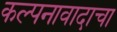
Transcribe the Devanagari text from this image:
कल्पनावादाचा